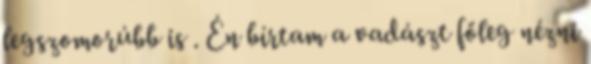
legszomorúbb is . Én bírtam a vadászt főleg nézni